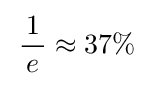
\,{\frac {1}{\,e\,}}\approx 37\%